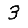
Digit: 3